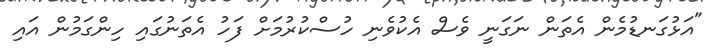
"އަޅުގަނޑުމެން އެތަން ނަގަނީ ވެސް އެކުވެނި ހުސްކުރުމަށް ފަހު އެތަނުގައި ހިންގަމުން އައި